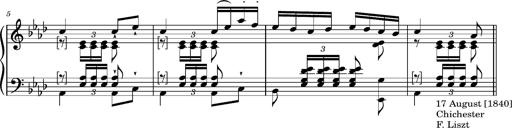
Title: 2 Album-Leaves, S.163w
Composer: Franz Liszt
Key: A-flat major